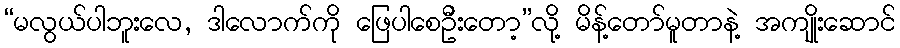
“မလွယ်ပါဘူးလေ, ဒါလောက်ကို ဖြေပါစေဦးတော့”လို့ မိန့်တော်မူတာနဲ့ အကျိုးဆောင်